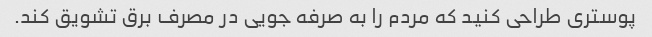
پوستری طراحی کنید که مردم را به صرفه جویی در مصرف برق تشویق کند.